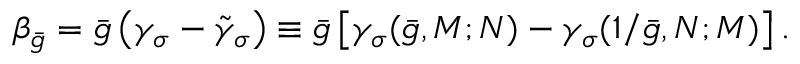
\beta _ { \bar { g } } = \bar { g } \left( \gamma _ { \sigma } - \tilde { \gamma } _ { \sigma } \right) \equiv \bar { g } \left[ \gamma _ { \sigma } ( \bar { g } , M ; N ) - \gamma _ { \sigma } ( 1 / \bar { g } , N ; M ) \right] .